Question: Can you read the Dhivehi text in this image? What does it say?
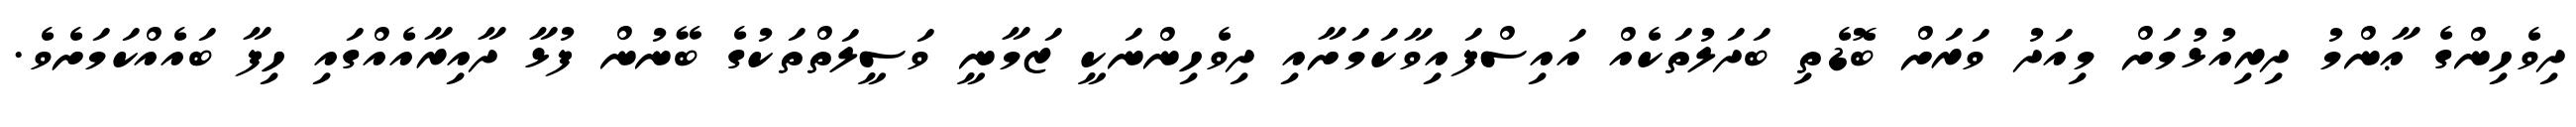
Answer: ދިވެހިންގެ ޢާންމު ދިރިއުޅުމަށް މިއަދު ވަރަށް ބޮޑެތި ބަދަލުތަކެއް އައިސްފައިވާކަމަށާއި ދިވެހިންނަކީ ޒަމާނީ ވަސީލަތްތަކުގެ ބޭނުން ފުޅާ ދާއިރާއެއްގައި ހިފާ ބައެއްކަމަށެވެ.